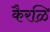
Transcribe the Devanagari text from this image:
कैरळि